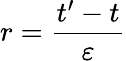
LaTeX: r=\frac{t^{\prime}-t}{\varepsilon}